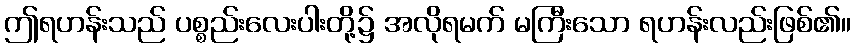
ဤရဟန်းသည် ပစ္စည်းလေးပါးတို့၌ အလိုရမက် မကြီးသော ရဟန်းလည်းဖြစ်၏။